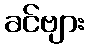
ခင်ဗျား